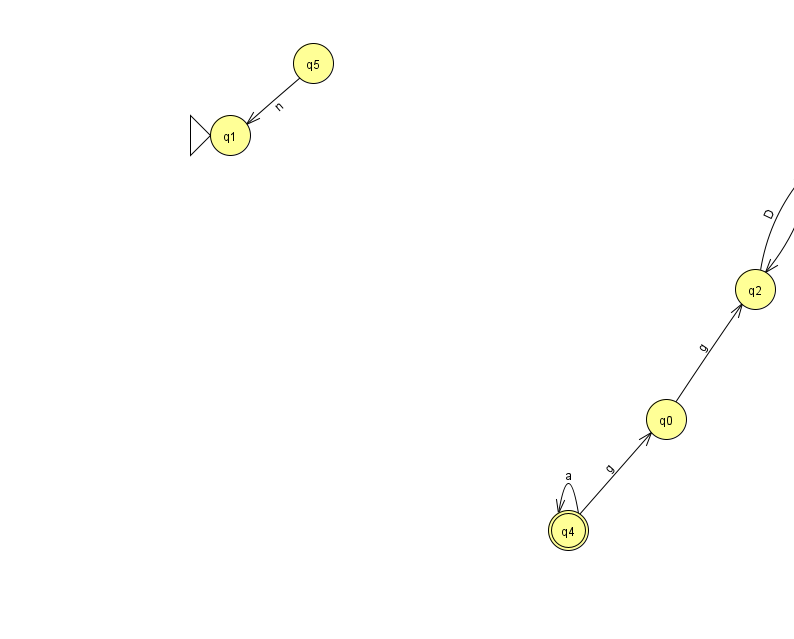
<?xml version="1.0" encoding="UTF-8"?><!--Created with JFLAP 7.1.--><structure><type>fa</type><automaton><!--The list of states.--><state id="0" name="q0"><x>666.0</x><y>406.0</y></state><state id="1" name="q1"><x>230.0</x><y>122.0</y><initial/></state><state id="2" name="q2"><x>755.0</x><y>276.0</y></state><state id="3" name="q3"><x>816.0</x><y>142.0</y></state><state id="4" name="q4"><x>568.0</x><y>517.0</y><final/></state><state id="5" name="q5"><x>313.0</x><y>50.0</y></state><!--The list of transitions.--><transition><from>2</from><to>3</to><read>D</read></transition><transition><from>0</from><to>2</to><read>g</read></transition><transition><from>4</from><to>4</to><read>a</read></transition><transition><from>3</from><to>2</to><read>f</read></transition><transition><from>5</from><to>1</to><read>n</read></transition><transition><from>3</from><to>3</to><read>Z</read></transition><transition><from>4</from><to>0</to><read>g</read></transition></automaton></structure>